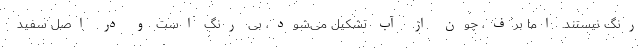
رنگ نیستند. اما برف، چون از آب تشکیل می‌شود، بی رنگ است و در اصل سفید